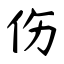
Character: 伤